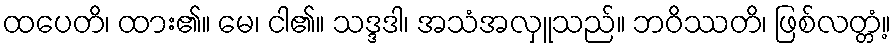
ထပေတိ၊ ထား၏။ မေ၊ ငါ၏။ သဒ္ဒဒါ၊ အသံအလှူသည်။ ဘဝိဿတိ၊ ဖြစ်လတ္တံ့။